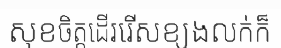
សុខចិត្តដើររើសខ្យងលក់ក៏